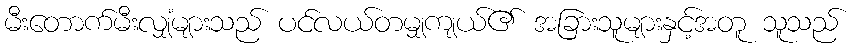
မီးတောက်မီးလျှံများသည် ပင်လယ်တမျှကျယ်၏ အခြားသူများနှင့်အတူ သူသည်